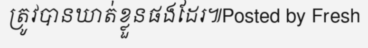
ត្រូវបានឃាត់ខ្លួនផងដែរ៕Posted by Fresh